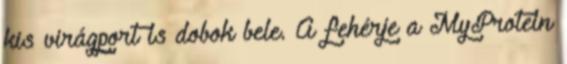
kis virágport is dobok bele. A fehérje a MyProtein